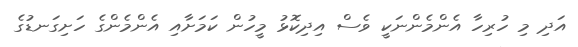
އަދި މި ހުރިހާ އެންމެންނަކީ ވެސް އިދިކޮޅު މީހުން ކަމަށާއި އެންމެންގެ ހަށިގަނޑުގެ